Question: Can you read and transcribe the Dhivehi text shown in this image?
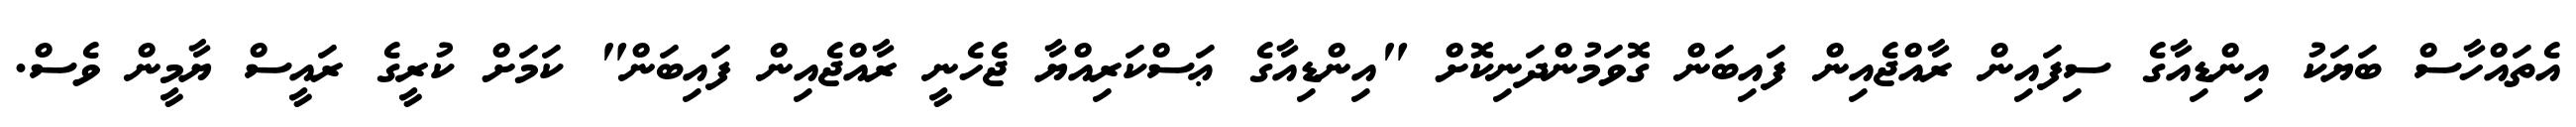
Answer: އެތައްހާސް ބަޔަކު އިންޑިއާގެ ސިފައިން ރާއްޖެއިން ފައިބަން ގޮވަމުންދަނިކޮށް "އިންޑިއާގެ ޢަސްކަރިއްޔާ ޖެހެނީ ރާއްޖެއިން ފައިބަން" ކަމަށް ކުރީގެ ރައީސް ޔާމީން ވެސް.